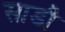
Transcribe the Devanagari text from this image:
साडी़